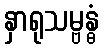
နှာရုသမ္ဗန္ဓံ